Theory and practice of anti-rabic immunisation - Number 30
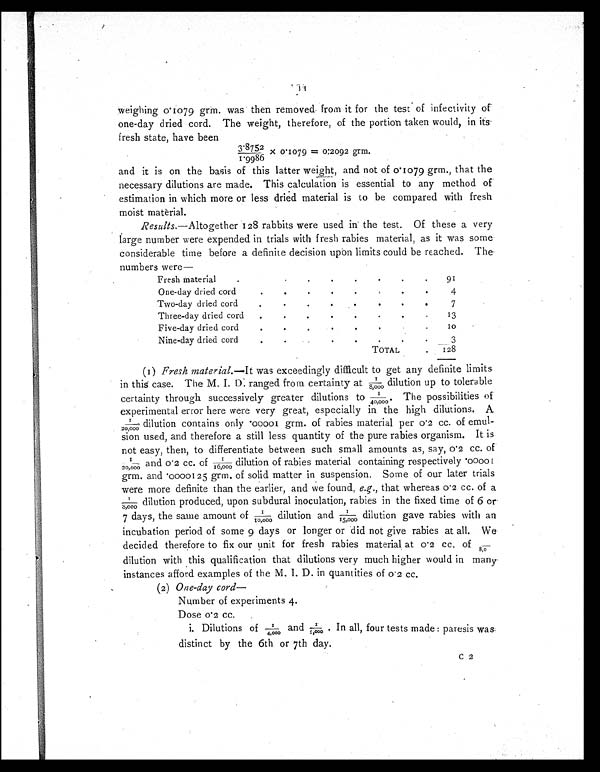
weighing 0.1079 grm. was then removed From it for the test ' of infectivity of
one-day dried cord. The weight, therefore, of the portion taken would, in its.
fresh state, have been
3' 8752/1.9986x0 . 1 0 7 9
= 0 : 2 0 9 2 g r m .
and it is on the basis of this latter weight, and not of 0.1079 grm., that the
necessary dilutions are made. This calculation is essential to any method of
estimation in which more or less dried material is to be compared with fresh
moist material.
Results .
—
Altogether 128 rabbits were used in' the test. Of these a very
large number were expended in trials with fresh rabies material, as it was some
considerable time before a definite decision upon limits could be reached. The
numbers were
—
F r e s h m a t e r i a l . . . . . . .
9 1
One-day dried cord. . . . . . .
4
Two-day dried cord.
.
. . .
7
Three-day dried cord.
.
.
.
.
13
Five-day dried cord
.
.
1 0
Nine-day dried cord.
. .
3
TOTAL
.
128
(1) Fresh material. —It was exceedingly difficult to get any definite limits
in this case. The M. I. D. ranged from certainty at 1/8,000 dilution up to tolerable
certainty through successively greater dilutions to 1/40,000 The possibilities of
experimental error here were very great, especially in the high dilutions. A
1/20,000 dilution contains only .00001 grm. of rabies material per 0.2 cc. of emul
-
sion used, and therefore a still less quantity of the pure rabies organism. It is
not easy, then, to differentiate between such small amounts as, say, 0.2 cc. of
1/20,000 and 0.2 cc. of 1/16,000 dilution of rabies material containing respectively
grm. and .0000125 grm. of solid matter in suspension. Some of our later trials
were more definite than the earlier, and we found, e.g., that whereas 0.2 cc. of a
1/8,000 dilution produced, upon subdural inoculation, rabies in the fixed time of 6 or-
7 days, the same amount of 1/10,000 dilution and 1/15,000 dilution gave rabies with an
incubation period of some 9 days or longer or did not give rabies at all. We
decided therefore to fix our unit for fresh rabies material at 0.2 cc. of
/8.0 dilution with this qualification that dilutions very much higher would in many
instances afford examples of the M. I. D. in quantities of 0.2 cc.
(2) One-day cord—
Number of experiments 4.
Dose 0.2 cc.
i. Dilutions of 1/4,000 and 1/1,000. In all, four tests made : paresis was
distinct by the 6th or 7th day.
C 2